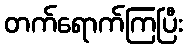
တက်ရောက်ကြပြီး